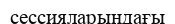
сессияларындағы